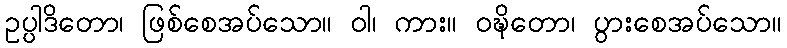
ဥပ္ပါဒိတော၊ ဖြစ်စေအပ်သော။ ဝါ၊ ကား။ ဝဍ္ဎိတော၊ ပွားစေအပ်သော။